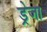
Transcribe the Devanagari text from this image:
ड्रेजा